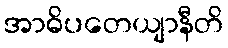
အာဓိပတေယျာနီတိ